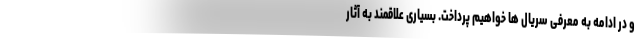
و در ادامه به معرفی سریال ها خواهیم پرداخت. بسیاری علاقمند به آثار